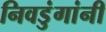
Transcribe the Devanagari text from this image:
निवडुंगांनी